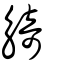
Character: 觭